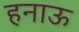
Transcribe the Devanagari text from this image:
हनाऊ